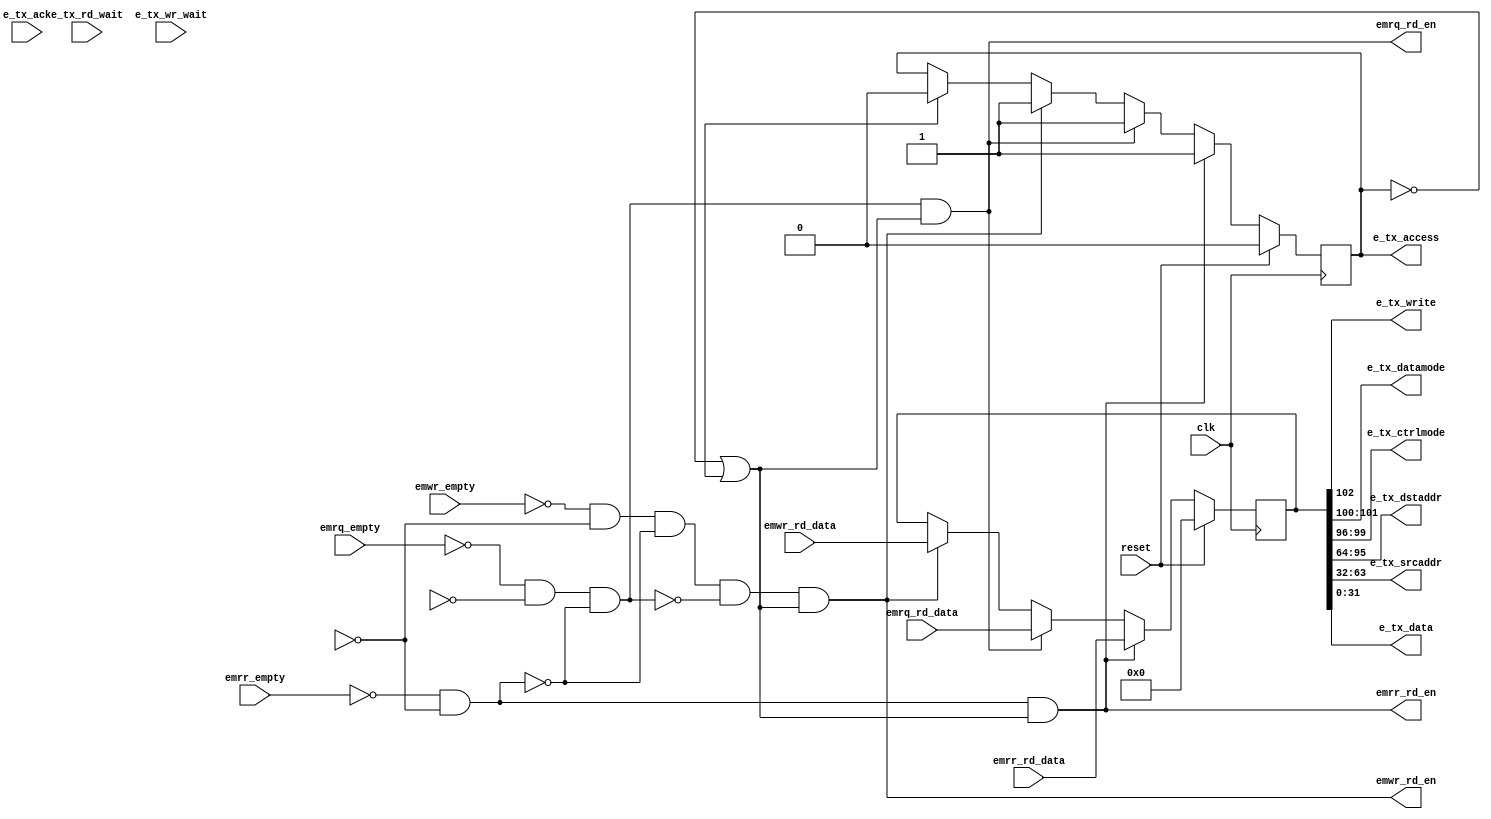
module e_tx_arbiter (/*AUTOARG*/
   // Outputs
   emwr_rd_en, emrq_rd_en, emrr_rd_en, e_tx_access, e_tx_write,
   e_tx_datamode, e_tx_ctrlmode, e_tx_dstaddr, e_tx_srcaddr,
   e_tx_data,
   // Inputs
   clk, reset, emwr_rd_data, emwr_empty, emrq_rd_data, emrq_empty,
   emrr_rd_data, emrr_empty, e_tx_rd_wait, e_tx_wr_wait, e_tx_ack
   );

   // tx clock
   input          clk;
   input          reset;
   
   // from write request FIFO (slave)
   input [102:0]  emwr_rd_data;
   output         emwr_rd_en;
   input          emwr_empty;
   
   // from read request fifo (slave port)
   input [102:0]  emrq_rd_data;
   output         emrq_rd_en;
   input          emrq_empty;
   
   // from read response FIFO (master port)
   input [102:0]  emrr_rd_data;
   output         emrr_rd_en;
   input          emrr_empty;

   // eMesh master port, to TX
   output         e_tx_access;
   output         e_tx_write;
   output [1:0]   e_tx_datamode;
   output [3:0]   e_tx_ctrlmode;
   output [31:0]  e_tx_dstaddr;
   output [31:0]  e_tx_srcaddr;
   output [31:0]  e_tx_data;
   input          e_tx_rd_wait;
   input          e_tx_wr_wait;

   // Ack from TX protocol module
   input          e_tx_ack;

   // Control bits inputs (none)

   //############
   //# Arbitrate & forward
   //############

   reg            ready;
   reg [102:0]    fifo_data;

   // priority-based ready signals
   wire           rr_ready = ~emrr_empty & ~emm_tx_wr_wait;
   wire           rq_ready = ~emrq_empty & ~emm_tx_rd_wait & ~rr_ready;
   wire           wr_ready = ~emwr_empty & ~emm_tx_wr_wait & ~rr_ready & ~rq_ready;

   // FIFO read enables, when we're idle or done with the current datum
   wire           emrr_rd_en = rr_ready & (~ready | emtx_ack);
   wire           emrq_rd_en = rq_ready & (~ready | emtx_ack);
   wire           emwr_rd_en = wr_ready & (~ready | emtx_ack);
   
   always @ (posedge clk) begin
      if( reset ) begin

         ready     <= 1'b0;
         fifo_data <= 'd0;

      end else begin

         if( emrr_rd_en ) begin

            ready <= 1'b1;
            fifo_data <= emrr_rd_data;

         end else if( emrq_rd_en ) begin

            ready <= 1'b1;
            fifo_data <= emrq_rd_data;

         end else if( emwr_rd_en ) begin

            ready <= 1'b1;
            fifo_data <= emwr_rd_data;

         end else if( emtx_ack ) begin

            ready <= 1'b0;

         end
      end // else: !if( reset )
   end // always @ (posedge clock)
      
   //#############################
   //# Break-out the emesh signals
   //#############################
   
   assign e_tx_access   = ready;
   assign e_tx_write    = fifo_data[102];
   assign e_tx_datamode = fifo_data[101:100];
   assign e_tx_ctrlmode = fifo_data[99:96];
   assign e_tx_dstaddr  = fifo_data[95:64];
   assign e_tx_srcaddr  = fifo_data[63:32];
   assign e_tx_data     = fifo_data[31:0];

endmodule